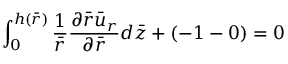
\int _ { 0 } ^ { h ( \bar { r } ) } \frac { 1 } { \bar { r } } \frac { { \partial } \bar { r } { \bar { u } } _ { r } } { \partial { \bar { r } } } d \bar { z } + ( - 1 - 0 ) = 0